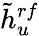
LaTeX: \tilde{h}_{u}^{rf}